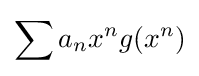
\sum a_{n}x^{n}g(x^{n})